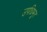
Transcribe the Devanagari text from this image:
उपधिभूत